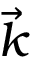
\vec { k }